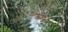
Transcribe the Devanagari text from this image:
जेनू